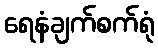
ရေနံချက်စက်ရုံ